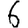
Digit: 6